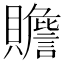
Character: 𧸸